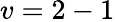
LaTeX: v=2-1